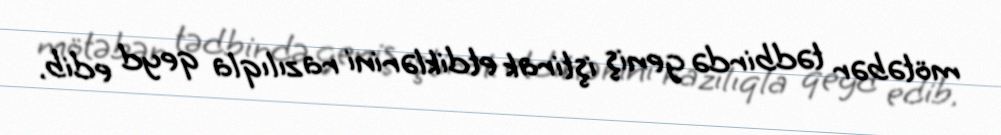
mötəbər tədbirdə geniş iştirak etdiklərini razılıqla qeyd edib.